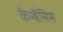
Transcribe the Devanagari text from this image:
कैम्बैसिस